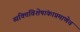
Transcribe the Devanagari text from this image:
व्यक्तिविशेषांकाप्रमाणेच